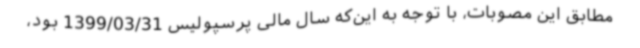
مطابق این مصوبات، با توجه به این‌که سال مالی پرسپولیس 1399/03/31 بود،